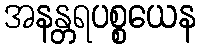
အနန္တရပစ္စယေန